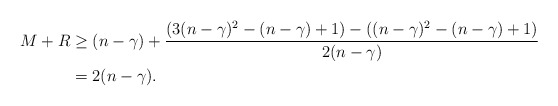
\begin{align*}M+R &\geq (n-\gamma) + \frac{(3(n-\gamma)^2-(n-\gamma)+1)-((n-\gamma)^2-(n-\gamma)+1)}{2(n-\gamma)} \\ &= 2(n-\gamma). \end{align*}